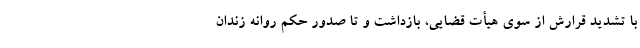
با تشدید قرارش از سوی هیأت قضایی، بازداشت و تا صدور حکم روانه زندان